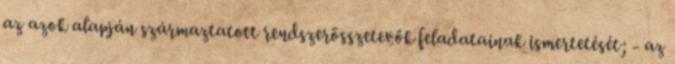
az azok alapján származtatott rendszerösszetevők feladatainak ismertetését; - az